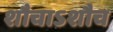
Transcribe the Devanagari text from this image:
शौचाऽशौच